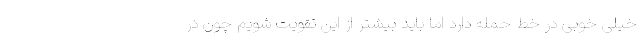
خیلی خوبی در خط حمله دارد اما باید بیشتر از این تقویت شویم چون در